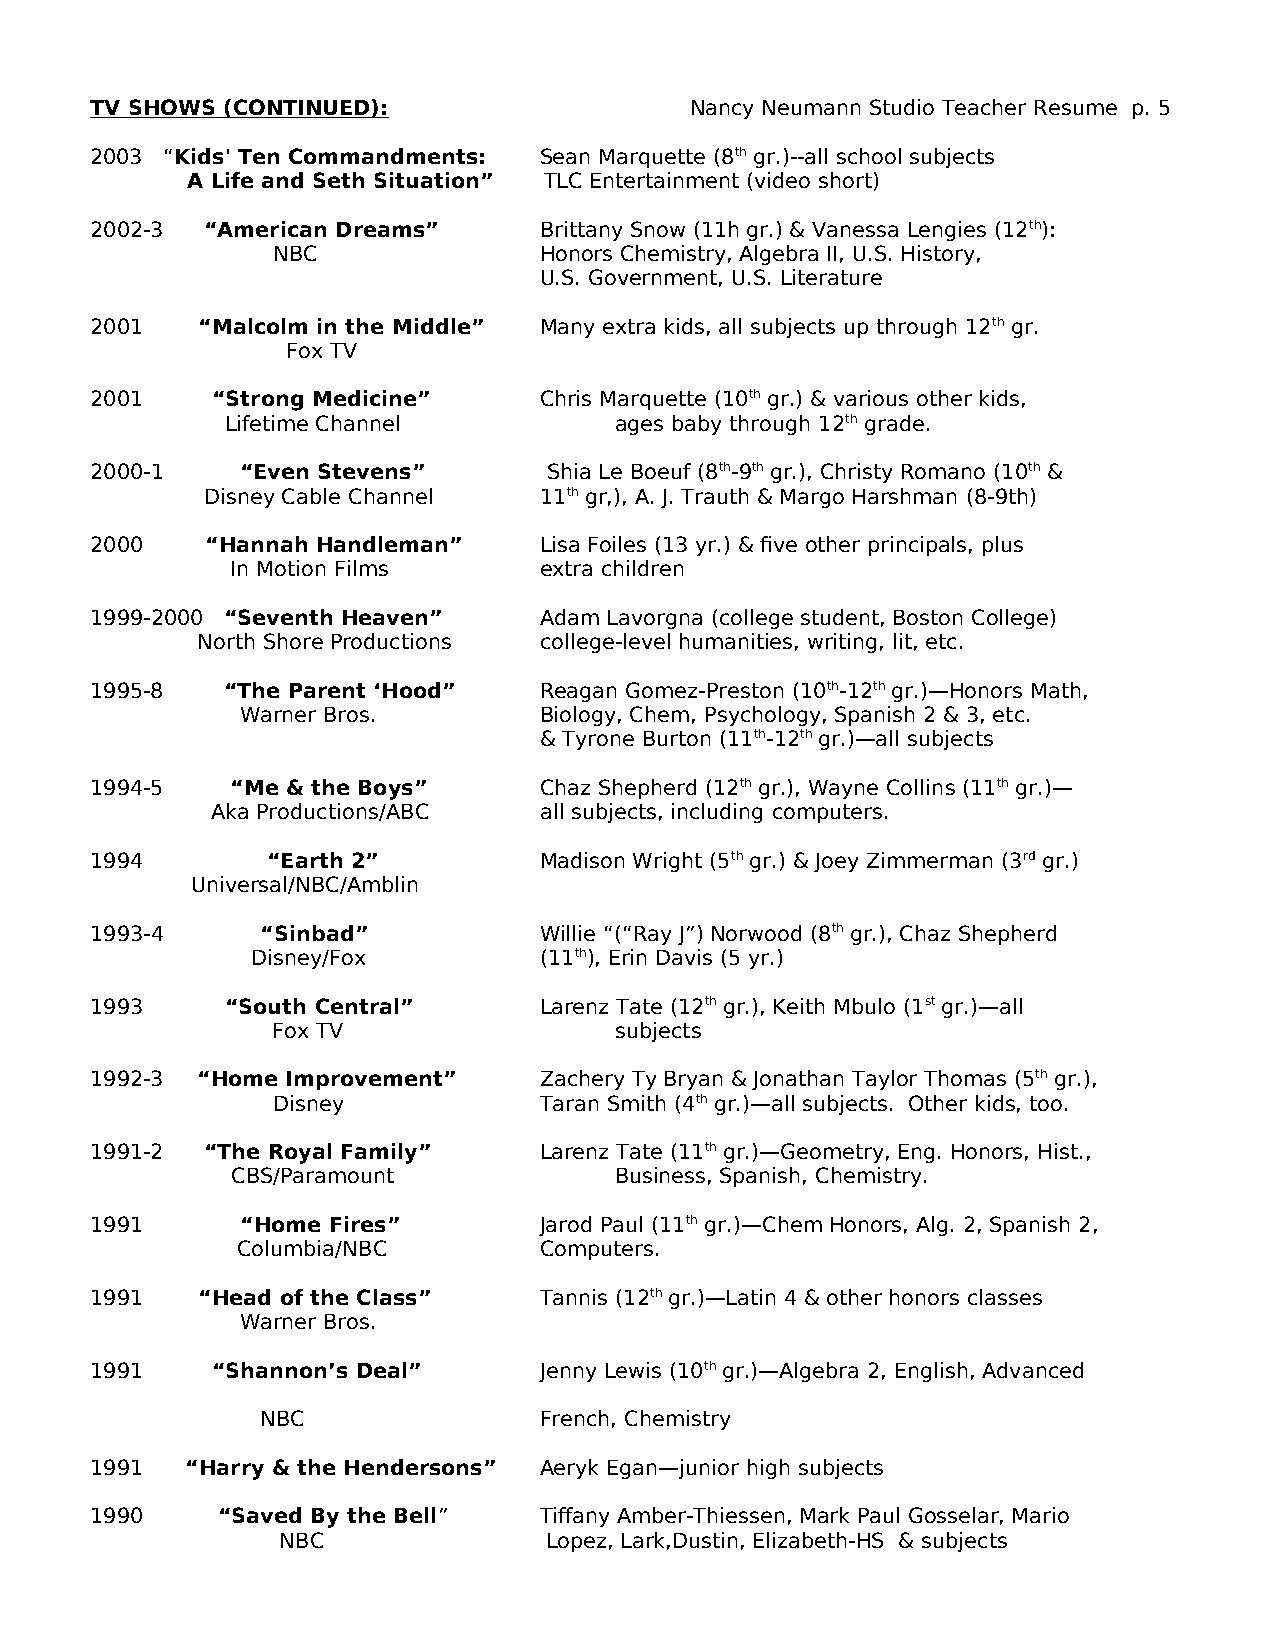
TV SHOWS (CONTINUED):                   Nancy Neumann Studio Teacher Resume p. 5
 2003 “Kids' Ten Commandments: Sean Marquette (8th gr.)--all school subjects
 A Life and Seth Situation” TLC Entertainment (video short)
 2002-3 “American Dreams”      Brittany Snow (11h gr.) & Vanessa Lengies (12th):
 NBC               Honors Chemistry, Algebra II, U.S. History,
 U.S. Government, U.S. Literature
 2001   “Malcolm in the Middle” Many extra kids, all subjects up through 12th gr.
 Fox TV
 2001    “Strong Medicine”     Chris Marquette (10th gr.) & various other kids,
 Lifetime Channel          ages baby through 12th grade.
 2000-1    “Even Stevens”      Shia Le Boeuf (8th-9th gr.), Christy Romano (10th &
 Disney Cable Channel  11th gr,), A. J. Trauth & Margo Harshman (8-9th)
 2000    “Hannah Handleman”    Lisa Foiles (13 yr.) & five other principals, plus
 In Motion Films      extra children
 1999-2000 “Seventh Heaven”    Adam Lavorgna (college student, Boston College)
 North Shore Productions college-level humanities, writing, lit, etc.
 1995-8   “The Parent ‘Hood”   Reagan Gomez-Preston (10th-12th gr.)—Honors Math,
 Warner Bros.        Biology, Chem, Psychology, Spanish 2 & 3, etc.
 & Tyrone Burton (11th-12th gr.)—all subjects
 1994-5   “Me & the Boys”      Chaz Shepherd (12th gr.), Wayne Collins (11th gr.)—
 Aka Productions/ABC   all subjects, including computers.
 1994        “Earth 2”         Madison Wright (5th gr.) & Joey Zimmerman (3rd gr.)
 Universal/NBC/Amblin
 1993-4     “Sinbad”           Willie “(“Ray J”) Norwood (8th gr.), Chaz Shepherd
 Disney/Fox         (11th), Erin Davis (5 yr.)
 1993     “South Central”      Larenz Tate (12th gr.), Keith Mbulo (1st gr.)—all
 Fox TV                 subjects
 1992-3 “Home Improvement”     Zachery Ty Bryan & Jonathan Taylor Thomas (5th gr.),
 Disney            Taran Smith (4th gr.)—all subjects. Other kids, too.
 1991-2 “The Royal Family”     Larenz Tate (11th gr.)—Geometry, Eng. Honors, Hist.,
 CBS/Paramount             Business, Spanish, Chemistry.
 1991      “Home Fires”        Jarod Paul (11th gr.)—Chem Honors, Alg. 2, Spanish 2,
 Columbia/NBC        Computers.
 1991   “Head of the Class”    Tannis (12th gr.)—Latin 4 & other honors classes
 Warner Bros.
 1991    “Shannon’s Deal”      Jenny Lewis (10th gr.)—Algebra 2, English, Advanced
 NBC                French, Chemistry
 1991  “Harry & the Hendersons” Aeryk Egan—junior high subjects
 1990    “Saved By the Bell”   Tiffany Amber-Thiessen, Mark Paul Gosselar, Mario
 NBC              Lopez, Lark,Dustin, Elizabeth-HS & subjects